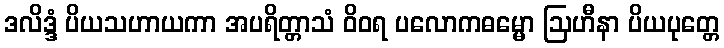
ဒလိဒ္ဒံ ပိယသဟာယကာ အပရိတ္တာသံ ဝိဝရ ပလောကဓမ္မော ဩဟီနာ ပိယပုတ္တေ